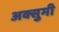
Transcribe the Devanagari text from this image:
अक्सुमी